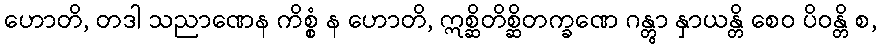
ဟောတိ, တဒါ သညာဏေန ကိစ္စံ န ဟောတိ, ဣစ္ဆိတိစ္ဆိတက္ခဏေ ဂန္တွာ နှာယန္တိ စေဝ ပိဝန္တိ စ,